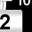
Digit: 2